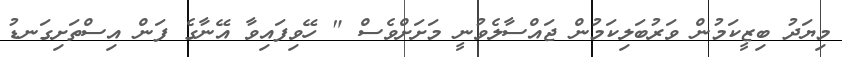
މިޔަދު ބިޒީކަމުން ވަރުބަލިކަމުން ޖައްސާލެވުނީ މަށަށްވެސް " ހޭވިފައިވާ އޭނާގެ ފަން އިސްތަށިގަނޑު